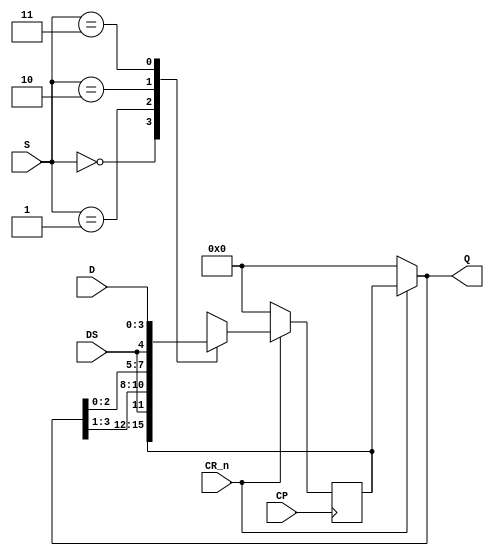


module S_74HC194(
//	input L,
	input [1:0] S,	      //?????S[1]:S1 S[0]:S0
	input CR_n, CP,        //???????
	input DS,             //????DS[1]:Dsl DS[0]:Dsr
	input [3:0] D,        //????
	output [3:0] Q    //????
	);
	reg [3:0] q; initial q = 'b0;
	always@(posedge CP)
	if(~CR_n) q <= 4'b0;
	else
		case(S)
		2'b00: q <= q;
		2'b01: q <= {DS, Q[3:1]}; //shift right
		2'b10: q <= {Q[2:0], DS}; //shift left
		2'b11: q <= D;
		default: q <= q;
		endcase
	assign Q = CR_n? q : 4'b0;

endmodule